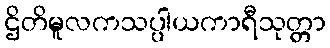
ဌိတိမူလကသပ္ပါယကာရီသုတ္တာ